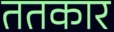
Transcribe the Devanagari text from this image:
ततकार